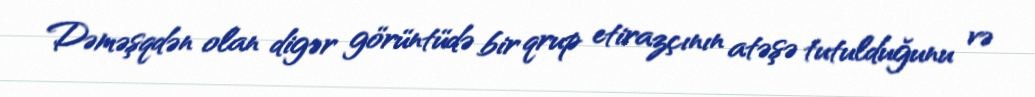
Dəməşqdən olan digər görüntüdə bir qrup etirazçının atəşə tutulduğunu və